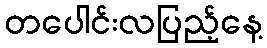
တပေါင်းလပြည့်နေ့